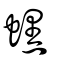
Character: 蟔